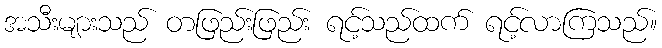
အသီးများသည် တဖြည်းဖြည်း ရင့်သည်ထက် ရင့်လာကြသည်။